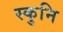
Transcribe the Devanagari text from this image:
स्कुनि